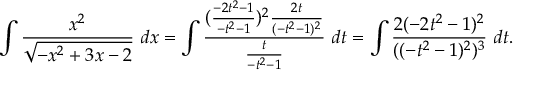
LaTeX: \int { \frac { x ^ { 2 } } { \sqrt { - x ^ { 2 } + 3 x - 2 } } } \ d x = \int { \frac { ( { \frac { - 2 t ^ { 2 } - 1 } { - t ^ { 2 } - 1 } } ) ^ { 2 } { \frac { 2 t } { ( - t ^ { 2 } - 1 ) ^ { 2 } } } } { \frac { t } { - t ^ { 2 } - 1 } } } \ d t = \int { \frac { 2 ( - 2 t ^ { 2 } - 1 ) ^ { 2 } } { ( ( - t ^ { 2 } - 1 ) ^ { 2 } ) ^ { 3 } } } \ d t .